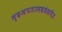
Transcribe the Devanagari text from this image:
म्दअपतउमदजंसपेउ